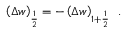
\left( \Delta w \right) _ { \frac { 1 } { 2 } } = - \left( \Delta w \right) _ { 1 + \frac { 1 } { 2 } } \, \mathrm { ~ . ~ }